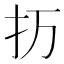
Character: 𰒽